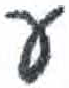
אות: ע